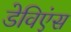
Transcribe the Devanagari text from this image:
डेविएंस